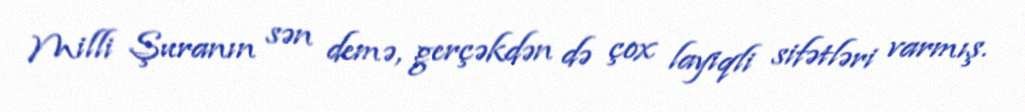
Milli Şuranın sən demə, gerçəkdən də çox layiqli sifətləri varmış.